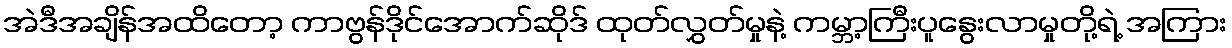
အဲဒီအချိန်အထိတော့ ကာဗွန်ဒိုင်အောက်ဆိုဒ် ထုတ်လွှတ်မှုနဲ့ ကမ္ဘာ့ကြီးပူနွေးလာမှုတို့ရဲ့ အကြား